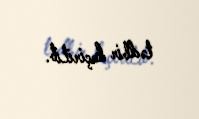
tədbir keçirilib.